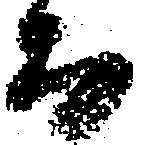
而